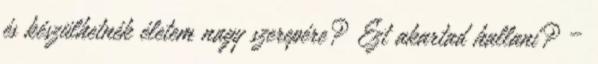
és készülhetnék életem nagy szerepére? Ezt akartad hallani? –